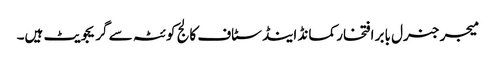
میجر جنرل بابر افتخار کمانڈ اینڈ سٹاف کالج کوئٹہ سے گریجویٹ ہیں۔